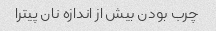
چرب بودن بیش از اندازه نان پیترا